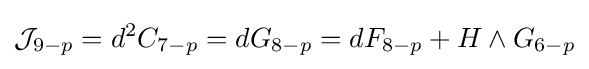
{\mathcal {J}}_{9-p}=d^{2}C_{7-p}=dG_{8-p}=dF_{8-p}+H\wedge G_{6-p}